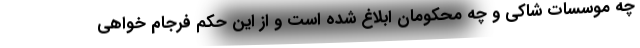
چه موسسات شاکی و چه محکومان ابلاغ شده است و از این حکم فرجام خواهی